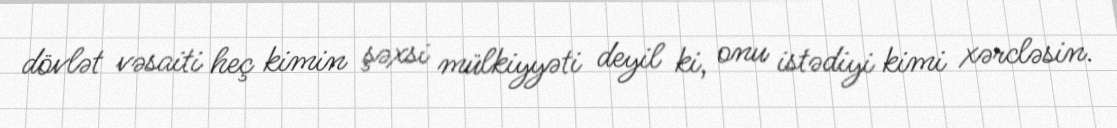
dövlət vəsaiti heç kimin şəxsi mülkiyyəti deyil ki, onu istədiyi kimi xərcləsin.